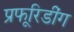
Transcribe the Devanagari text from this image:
प्रूफरिडींग